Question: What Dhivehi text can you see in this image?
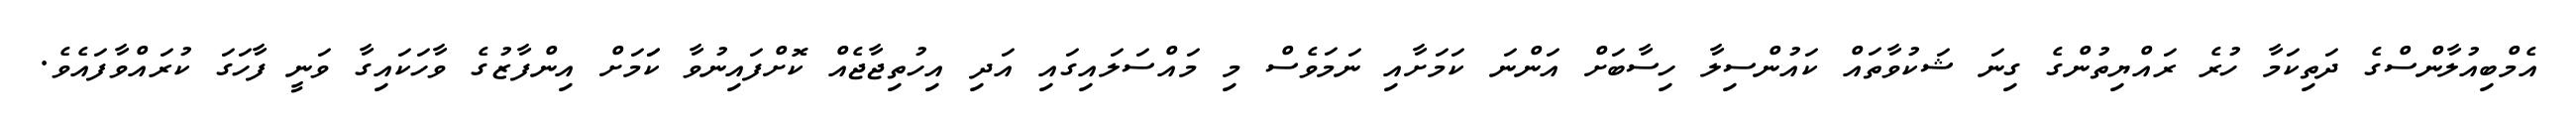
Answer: އެމްބިއުލާންސްގެ ދަތިކަމާ ހުރެ ރައްޔިތުންގެ ގިނަ ޝަކުވާތައް ކައުންސިލާ ހިސާބަށް އަންނަ ކަމަށާއި ނަމަވެސް މި މައްސަލައިގައި އަދި އިހުތިޖާޖެއް ކޮށްފައިނުވާ ކަަމަށް އިންފާޒުގެ ވާހަކައިގާ ވަނީ ފާހަގަ ކުރައްވާފައެވެ.